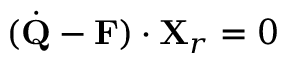
( { \dot { \bf Q } } - { \bf F } ) \cdot { \bf X } _ { r } = 0